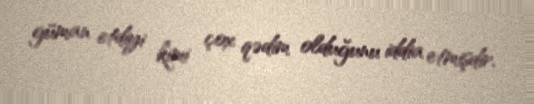
güman etdiyi kimi çox qədim olduğunu iddia etmişdir.